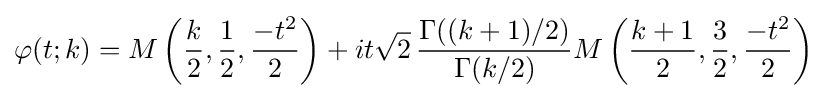
\varphi (t;k)=M\left({\frac {k}{2}},{\frac {1}{2}},{\frac {-t^{2}}{2}}\right)+it{\sqrt {2}}\,{\frac {\Gamma ((k+1)/2)}{\Gamma (k/2)}}M\left({\frac {k+1}{2}},{\frac {3}{2}},{\frac {-t^{2}}{2}}\right)